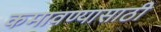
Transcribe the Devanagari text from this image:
कमावण्यासाठी